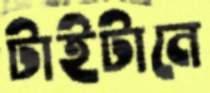
টাইটানে